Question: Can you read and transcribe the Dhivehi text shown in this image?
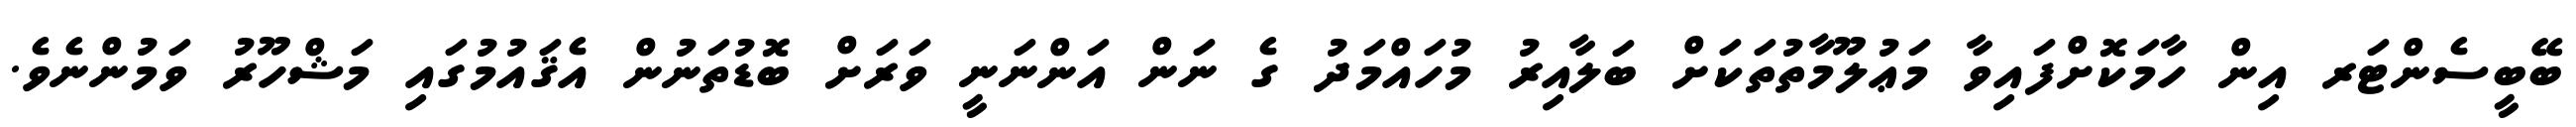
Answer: ބޭބީސެންޓަރ އިން ހާމަކޮށްފައިވާ މަޢުލޫމާތުތަކަށް ބަލާއިރު މުހައްމަދު ގެ ނަން އަންނަނީ ވަރަށް ބޮޑުތަނުން އެޤައުމުގައި މަޝްހޫރު ވަމުންނެވެ.